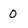
Character: 0